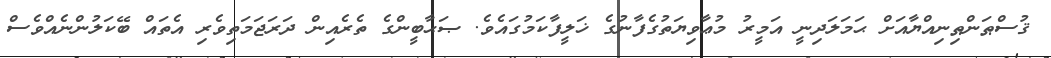
ޤުސްޠަންޠިނިއްޔާއަށް ޙަމަލަދިނީ އަމީރު މުޢާވިޔަތުގެފާނުގެ ޚަލީފާކަމުގައެވެ. ޞަޙާބީންގެ ތެރެއިން ދަރަޖަމަތިވެރި އެތައް ބޭކަލުންނެއްވެސް